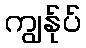
ကျွန်ုပ်